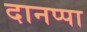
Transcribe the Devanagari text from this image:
दानप्पा